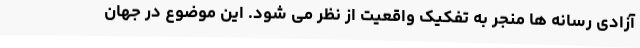
آزادی رسانه ها منجر به تفکیک واقعیت از نظر می شود. این موضوع در جهان